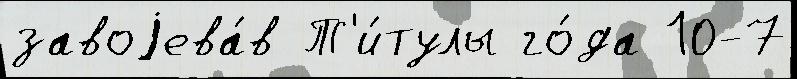
завоjева́в Т'и́тулы го́да 10-7